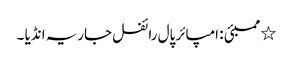
٭ ممبئی : امپائر پال رائفل جاریہ انڈیا ۔